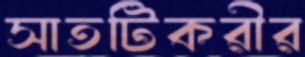
সাতটিকরীর